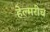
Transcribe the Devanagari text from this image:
हेल्मरीच